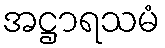
အဋ္ဌာရသမံ